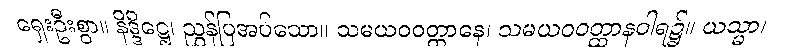
ရှေးဦးစွာ။ နိဒ္ဒိဋ္ဌေ၊ ညွှန်ပြအပ်သော။ သမယဝဝတ္ထာနေ၊ သမယဝဝတ္ထာနဝါရ၌။ ယသ္မာ၊